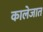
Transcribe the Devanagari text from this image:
कालेजात